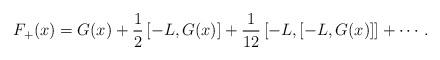
LaTeX: \begin{align*}F_{+}(x) = G(x) +\frac{1}{2} \left[-L,G(x)\right] + \frac{1}{12} \left[-L,\left[-L,G(x)\right] \right] + \cdots.\end{align*}